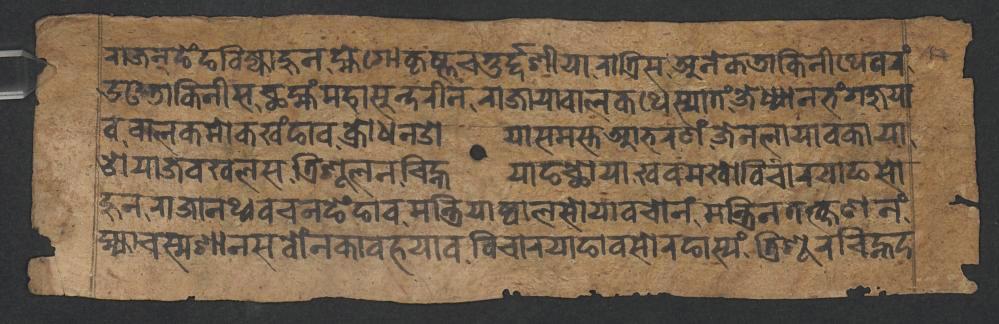
𑐬𑐵𑐖𑐣𑑂𑐒𑐾𑑄𑐒𑐧𑐶𑐖𑑂𑐫𑐵𑐴𑐸𑐣𑐩𑑂𑐴𑐾𑐐𑑀𑐎𑐺𑐲𑑂𑐞𑐔𑐟𑐸𑐬𑑂𑐡𑑂𑐡𑐱𑐷𑐫𑐵𑐬𑐵𑐟𑑂𑐬𑐶𑐳𑐀𑐣𑐾𑐎𑐜𑐵𑐎𑐶𑐣𑐷𑐠𑐾𑐰𑐬𑑄 𑐄𑐈𑐜𑐵𑐎𑐶𑐣𑐷𑐳𑐕𑐩𑑂𑐴𑑄𑐩𑐴𑐵𑐳𑐸𑐣𑑂𑐡𑐬𑐷𑐣𑐬𑐵𑐖𑐵𑐫𑐵𑐧𑐵𑐮𑐎𑐠𑐾𑐳𑑂𑐫𑐵𑐟𑑄𑐖𑐾𑐢𑑂𑐫𑐵𑐣𑐨𑑄𑐐𑐖𑐸𑐫𑐵 𑐰𑐧𑐵𑐮𑐎𑐩𑑀𑐎𑐏𑑄𑐒𑐵𑐰𑐎𑑂𑐬𑑀𑐢𑐣𑐌𑐫𑐵𑐳𑐩𑐳𑑂𑐟𑐁𑐨𑐬𑐞𑑄𑐖𑐾𑐣𑐮𑐵𑐫𑐵𑐰𑐎𑐵𑐫𑐵 𑐌𑐫𑐵𑐖𑐰𑐏𑐮𑐳𑐟𑑂𑐬𑐶𑐱𑐹𑐮𑐣𑐔𑐶𑐴𑑂𑐣𑐫𑐵𑐒𑐕𑑀𑐫𑐵𑐏𑐰𑐩𑐏𑑀𑐰𑐶𑐔𑐵𑐬𑐫𑐵𑐒𑐳𑑀 𑐴𑐸𑐣𑐬𑐵𑐖𑐵𑐣𑐠𑑂𑐰𑐰𑐔𑐣𑐒𑐾𑑄𑐒𑐵𑐰𑐩𑐣𑑂𑐟𑑂𑐬𑐶𑐫𑐵𑐲𑑂𑐰𑐵𑐮𑐳𑑀𑐫𑐵𑐰𑐔𑑀𑐣𑑄𑐩𑐣𑑂𑐟𑑂𑐬𑐶𑐣𑐟𑐟𑑂𑐎𑑂𑐲𑐞𑐣𑑄 𑐩𑑂𑐴𑑂𑐫𑐵𑐔𑐳𑑂𑐩𑐱𑐵𑐣𑐳𑐧𑑀𑑄𑐣𑐎𑐵𑐰𑐴𑐫𑐵𑐰𑐰𑐶𑐔𑐵𑐬𑐫𑐵𑐒𑐵𑐰𑐳𑑀𑐬𑐒𑐵𑐳𑑂𑐫𑑄𑐟𑑂𑐬𑐶𑐱𑐹𑐬𑐔𑐶𑐴𑑂𑐣𑐡